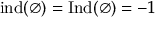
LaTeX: \operatorname { i n d } ( \varnothing ) = \operatorname { I n d } ( \varnothing ) = - 1